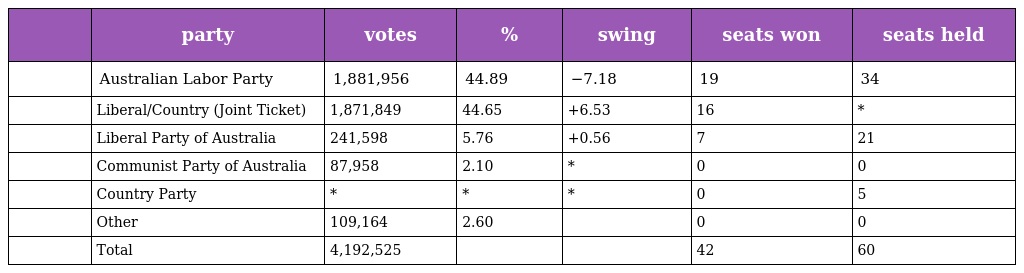
|  | party | votes | % | swing | seats won | seats held |
 | --- | --- | --- | --- | --- | --- | --- |
 |  | Australian Labor Party | 1,881,956 | 44.89 | −7.18 | 19 | 34 |
 |  | Liberal/Country (Joint Ticket) | 1,871,849 | 44.65 | +6.53 | 16 | * |
 |  | Liberal Party of Australia | 241,598 | 5.76 | +0.56 | 7 | 21 |
 |  | Communist Party of Australia | 87,958 | 2.10 | * | 0 | 0 |
 |  | Country Party | * | * | * | 0 | 5 |
 |  | Other | 109,164 | 2.60 |  | 0 | 0 |
 |  | Total | 4,192,525 |  |  | 42 | 60 |